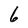
Character: 6